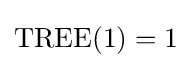
{\text{TREE}}(1)=1